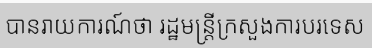
បានរាយការណ៍ថា រដ្ឋមន្ត្រីក្រសួងការបរទេស